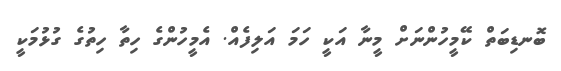
ބޮނޑިބަތް ކޭމީހުންނަށް މީނާ އަކީ ހަމަ އަލިފެއް. އެމީހުންގެ ހިތާ ހިތުގެ ގުޅުމަކީ